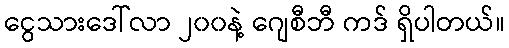
ငွေသားဒေါ်လာ ၂၀၀နဲ့ ဂျေစီဘီ ကဒ် ရှိပါတယ်။